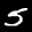
Label: 5